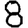
Digit: 8